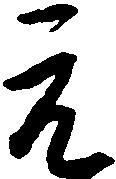
元